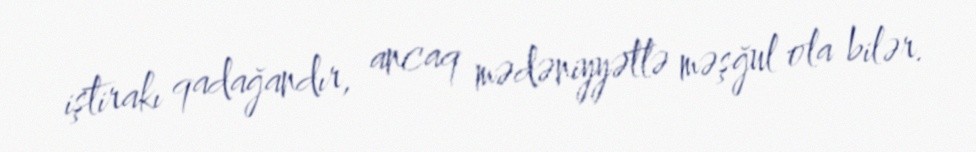
iştirakı qadağandır, ancaq mədəniyyətlə məşğul ola bilər.